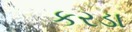
કરડા